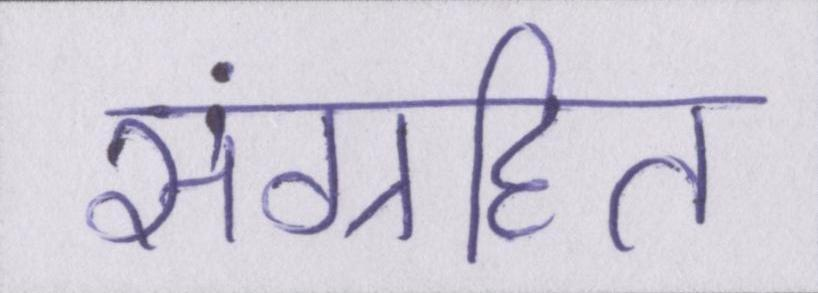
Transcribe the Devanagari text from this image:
संग्रहित